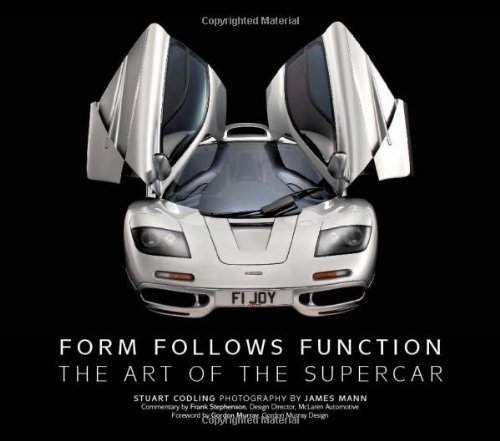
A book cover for Form Follows Function: The Art of the Supercar; Stuart Codling; Engineering & Transportation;